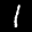
Label: 1